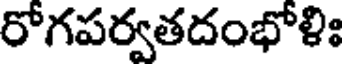
రోగపర్వతదంభోళిః